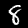
Digit: 8